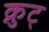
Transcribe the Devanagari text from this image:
क्नुट्